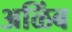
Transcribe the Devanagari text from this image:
अळिंब